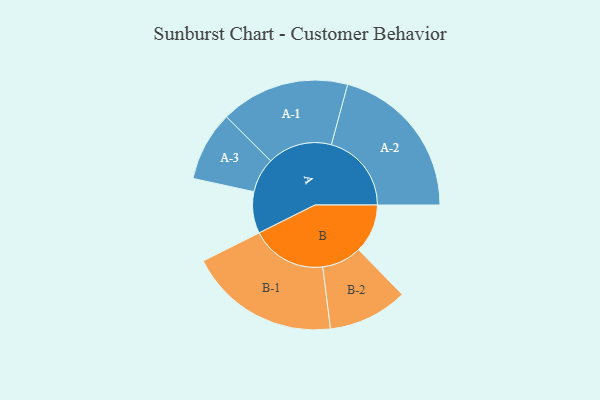
{"axis": {"x": "Segment", "y": "Value"}, "legend": ["", "A", "B"], "data": [{"x": "A", "y": 136, "type": ""}, {"x": "B", "y": 160, "type": ""}, {"x": "A-1", "y": 211, "type": "A"}, {"x": "A-2", "y": 262, "type": "A"}, {"x": "A-3", "y": 114, "type": "A"}, {"x": "B-1", "y": 247, "type": "B"}, {"x": "B-2", "y": 130, "type": "B"}]}